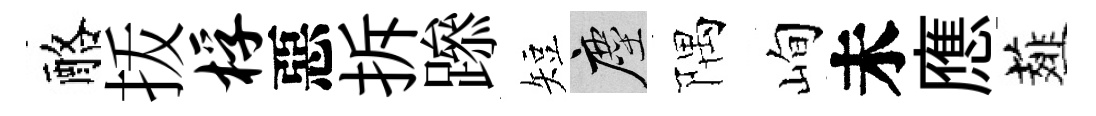
酪㧞桴惡拆𨅶短塵隅峋未應薤